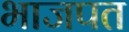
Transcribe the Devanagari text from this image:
भाजपत